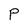
Character: P